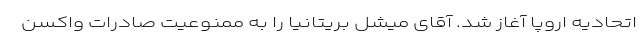
اتحادیه اروپا آغاز شد. آقای میشل بریتانیا را به ممنوعیت صادرات واکسن